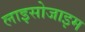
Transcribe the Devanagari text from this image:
लाइसोजाइम